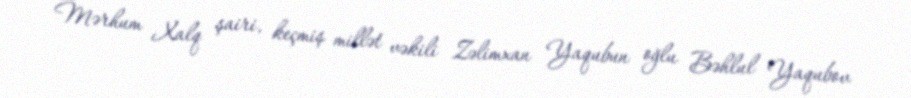
Mərhum Xalq şairi, keçmiş millət vəkili Zəlimxan Yaqubun oğlu Bəhlul Yaqubov